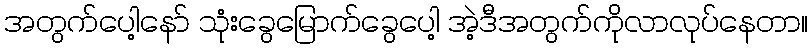
အတွက်ပေါ့နော် သုံးခွေမြောက်ခွေပေါ့ အဲ့ဒီအတွက်ကိုလာလုပ်နေတာ။